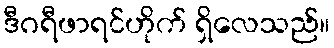
ဒီဂရီဖာရင်ဟိုက် ရှိလေသည်။